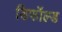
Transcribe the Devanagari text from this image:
डिफॉल्ड